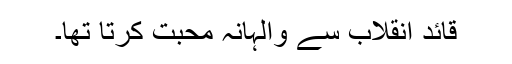
قائد انقلاب سے والہانہ محبت کرتا تھا۔